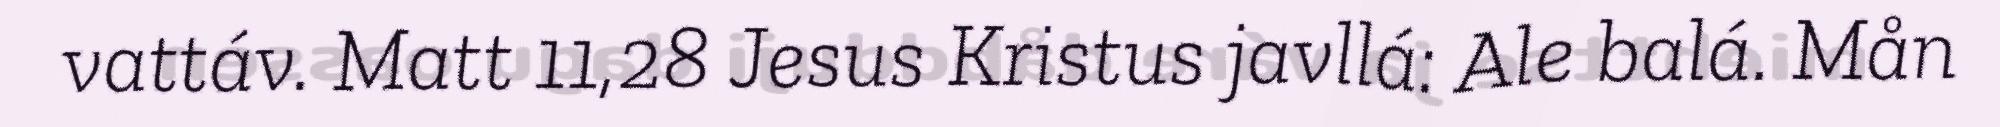
vattáv. Matt 11,28 Jesus Kristus javllá: Ale balá. Mån